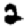
Digit: 2